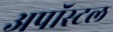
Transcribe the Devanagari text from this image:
अपॉस्टल